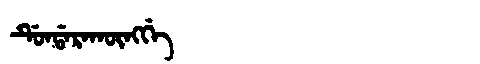
Manchu: ᡩᡠᠨᡩᠠᡵᠠᡴᡡᠩᡤᡝ
Romanization: DUNDARAKŪNGGE